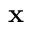
{ \bf x }